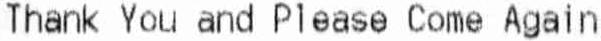
THANK YOU AND PLEASE COME AGAIN